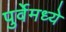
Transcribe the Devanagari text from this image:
पुर्वेमध्ये